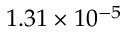
1 . 3 1 \times 1 0 ^ { - 5 }